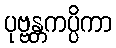
ပုဗ္ဗန္တကပ္ပိကာ